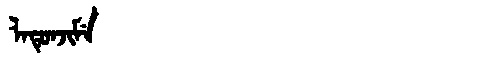
Manchu: ᠯᠠᡨᡠᠨᠵᡳᠮᡝ
Romanization: LATUNJIME